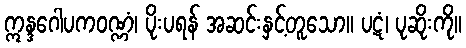
ဣန္ဒဂေါပကဝဏ္ဏံ၊ ပိုးပရန် အဆင်းနှင့်တူသော။ ပဋံ၊ ပုဆိုးကို။